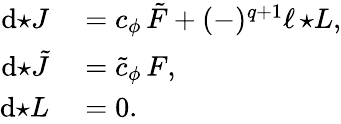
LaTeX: \begin{array}{rl}{\mathrm{d}{\star J}}&{{}=c_{\phi}\, \tilde{F}+(-)^{q+1}\ell\, {\star L},}\\ {\mathrm{d}{\star\tilde{J}}}&{{}=\tilde{c}_{\phi}\, F,}\\ {\mathrm{d}{\star L}}&{{}=0.}\end{array}